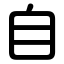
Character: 自